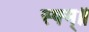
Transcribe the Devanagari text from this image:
स्फ्म्॥